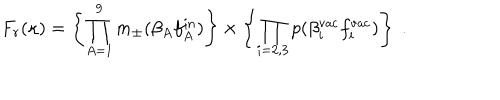
F _ { r } ( \kappa ) = \left\{ \prod _ { A = 1 } ^ { 9 } m _ { \pm } ( \beta _ { A } f _ { A } ^ { \mathrm { i n } } ) \right\} \times \left\{ \prod _ { i = 2 , 3 } p ( \beta _ { i } ^ { \mathrm { v a c } } f _ { i } ^ { \mathrm { v a c } } ) \right\} \ .